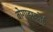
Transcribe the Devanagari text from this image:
बोगाझकोई